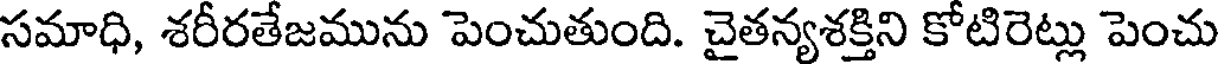
సమాధి, శరీరతేజమును పెంచుతుంది. చైతన్యశక్తిని కోటిరెట్లు పెంచు